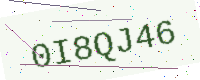
Text: 0I8QJ46